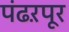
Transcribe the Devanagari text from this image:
पंढऱपूर